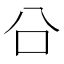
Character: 㕣